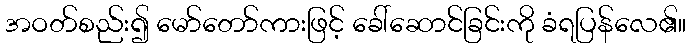
အဝတ်စည်း၍ မော်တော်ကားဖြင့် ခေါ်ဆောင်ခြင်းကို ခံရပြန်လေ၏။